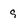
Character: 9